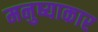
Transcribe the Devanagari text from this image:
मनुष्याकार